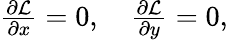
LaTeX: \begin{array}{r}{\frac{\partial{\cal L}}{\partial x}=0,\quad\frac{\partial{\cal L}}{\partial y}=0,}\end{array}